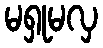
မရှုမလှ